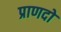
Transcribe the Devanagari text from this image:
प्राणदो